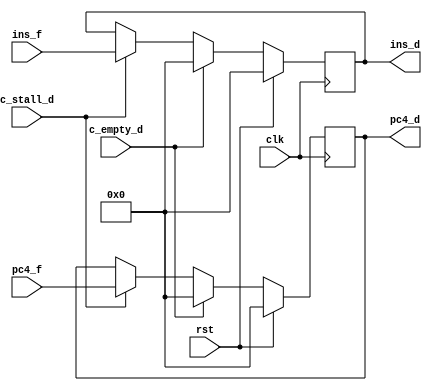
`timescale 1ns / 1ps
//////////////////////////////////////////////////////////////////////////////////
// Company: 
// Engineer: 
// 
// Design Name: 
// Module Name: if_id
// Project Name: 
// Target Devices: 
// Tool Versions: 
// Description: 
// 
// Dependencies: 
// 
// Revision:
// Revision 0.01 - File Created
// Additional Comments:
// 
//////////////////////////////////////////////////////////////////////////////////


module if_id(
    input clk, rst, c_stall_d,c_empty_d,
    input [31:0]  ins_f, pc4_f,
    output reg [31:0]  ins_d, pc4_d
    );
  
    initial
    begin
      ins_d <= 0;
      pc4_d <= 0;
    end
  
    always @(posedge clk)
      if (rst)
      begin
        ins_d <= 0;
        pc4_d <= 0;
      end
      else if (c_empty_d)
      begin
        ins_d <= 0;
        pc4_d <= 0;
      end
      else if (c_stall_d)
      begin
        ins_d <= ins_f;
        pc4_d <= pc4_f;
      end
      else
      begin
        ins_d <= ins_d;
        pc4_d <= pc4_d;
      end
    
endmodule